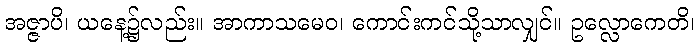
အဇ္ဇာပိ၊ ယနေ့၌လည်း။ အာကာသမေဝ၊ ကောင်းကင်သို့သာလျှင်။ ဥလ္လောကေတိ၊